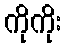
ကိုကိုး